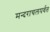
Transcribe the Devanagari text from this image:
मन्दराचलपर्वत